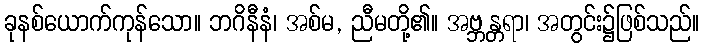
ခုနစ်ယောက်ကုန်သော။ ဘဂိနီနံ၊ အစ်မ, ညီမတို့၏။ အဗ္ဘန္တရာ၊ အတွင်း၌ဖြစ်သည်။